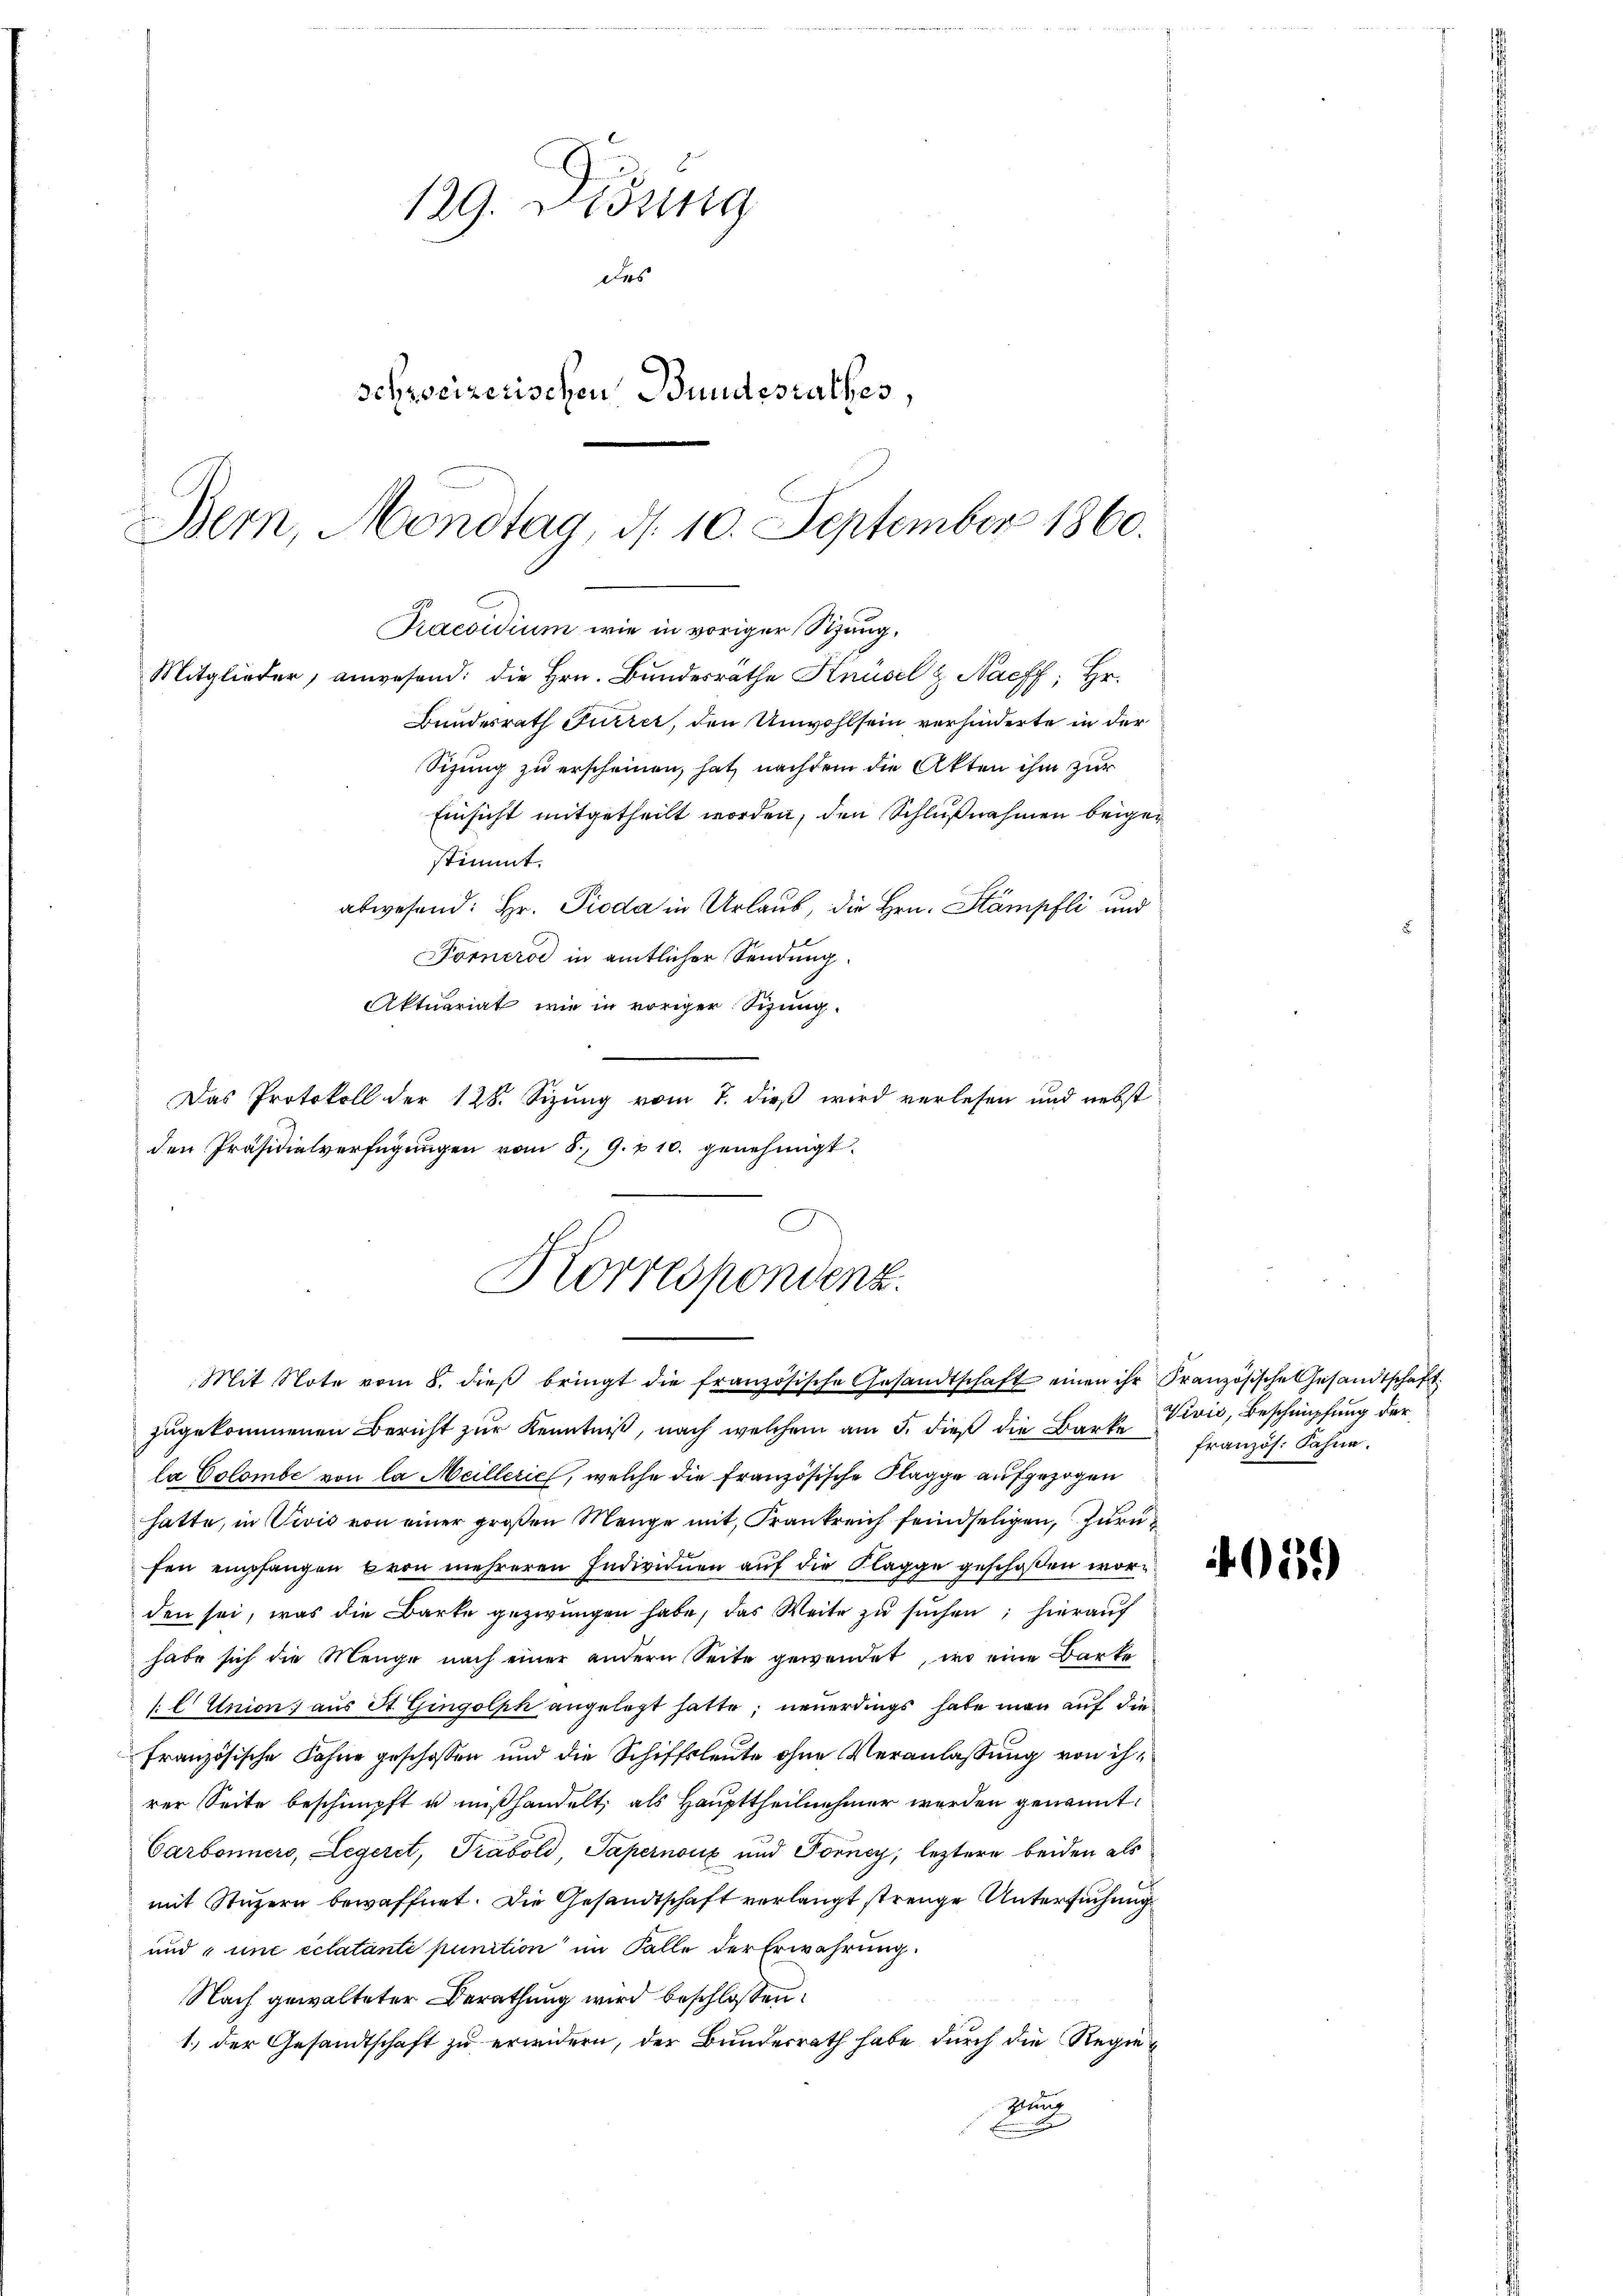
129. Didung
des
Schweizerischen Bundesrathes,
Bern, Monotag, d. 10. September 1860.
n
Praesidium wie in voriger Stung,
Mitglieder, anwesend: die Hrn. Bundesrathe Knüsel & Nachf; Hr.
Bundesrath Furrer, den Unwohlsein verhinderte in der
Sizung zu erscheinen, hat, nachdem die Akten ihm zur

Einsicht mitgetheilt worden, den Schlußnahmen beigestimmt.
abwesend: Hr. Pioda in Urlaub, die Hrn. Stämpfli und
Forneroć in amtlicher Sendung.
Aktuariat wie in voriger Sitzung.
Das Protokoll der 128. Sizung vom 7. dieß wird verlesen und nebst
den Präsidialverfügungen vom 8. 9. u 10. genehmigt.
Mit Note vom 8. dieβ bringt die französische Gesandtschaft einen ihr Französische Gesandtschaft
zugekommenen Bericht zur Kenntniß, nach welchem am 5. dieß die Barke
la Colombe von la Meillerich, welche die französische Klagge aufgezogen
hatte, in Divis von einer großen Menge mit, Frankreich feindseligen, zurü
fen empfangen von mehreren Individuen auf die Klagge geschoßen worden sei, was die Barke gezwungen habe, das Weite zu suchen; hieraufh
habe sich die Menge nach einer andern Seite gewendet, wo eine Barke
[l Union aus St. Gingolph angelegt hatte, neuerdings habe man auf die
französische Fahne geschossen und die Schiffsleute ohne Veranlassung von ihrer Seite beschimpft u mißhandelt, als Haupttheilnehmer werden genannt.
Carbonners, Legeret, Trabold, Papernoux und Forney, letztere beiden als
mit Stuzern bewaffnet. Die Gesandtschaft verlangt strenge Untersuchung
und une eclatante punition im Falle der Erwährung
Nach gewalteter Berathung wird beschlossen:
1.) Der Gesandtschaft zu erwidern, der Bundesrath habe durch die Regie¬
Kun

Korrespondenz.

Vivić, Beschnüpfung der
französ. Fahne.

151)